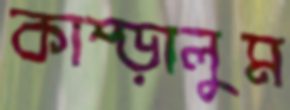
কাম্‌ড়ালুম